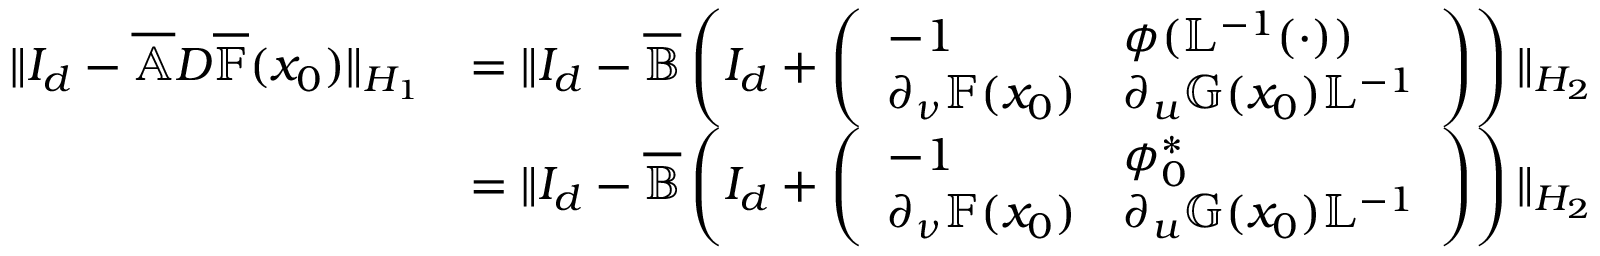
\begin{array} { r l } { \| I _ { d } - \overline { { \mathbb { A } } } D \overline { { \mathbb { F } } } ( x _ { 0 } ) \| _ { H _ { 1 } } } & { = \| I _ { d } - \overline { { \mathbb { B } } } \left( I _ { d } + \left( \begin{array} { l l } { - 1 } & { \phi ( \mathbb { L } ^ { - 1 } ( \cdot ) ) } \\ { \partial _ { \nu } \mathbb { F } ( x _ { 0 } ) } & { \partial _ { u } \mathbb { G } ( x _ { 0 } ) \mathbb { L } ^ { - 1 } } \end{array} \right) \right) \| _ { H _ { 2 } } } \\ & { = \| I _ { d } - \overline { { \mathbb { B } } } \left( I _ { d } + \left( \begin{array} { l l } { - 1 } & { \phi _ { 0 } ^ { * } } \\ { \partial _ { \nu } \mathbb { F } ( x _ { 0 } ) } & { \partial _ { u } \mathbb { G } ( x _ { 0 } ) \mathbb { L } ^ { - 1 } } \end{array} \right) \right) \| _ { H _ { 2 } } } \end{array}